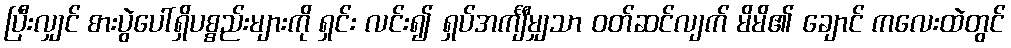
ပြီးလျှင် စားပွဲပေါ်ရှိပစ္စည်းများကို ရှင်း လင်း၍ ရှပ်အင်္ကျီမျှသာ ဝတ်ဆင်လျက် မိမိ၏ ချောင် ကလေးထဲတွင်